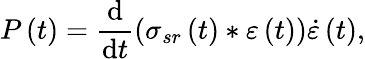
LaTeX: P\left(t\right)=\frac{\mathrm{d}}{\mathrm{d}t}\left(\sigma_{sr}\left(t\right)\ast\varepsilon\left(t\right)\right)\dot{\varepsilon}\left(t\right),